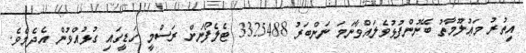
އިތުރު މަޢުލޫމާތު ބޭނުންފުޅުވެލައްވާނަމަ ނަންބަރު 3325488 ޓެލެފޯނަށް ރަސްމީ ގަޑީގައި ގުޅުއްވުން އެދެމެވެ.